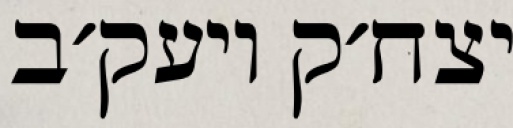
יצח׳ק ויעק׳ב